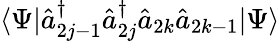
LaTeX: \langle\Psi|\hat{a}_{2j-1}^{\dagger}\hat{a}_{2j}^{\dagger}\hat{a}_{2k}\hat{a}_{2k-1}|\Psi\rangle